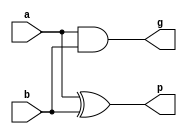
module cla_slice_part(g,p,a,b);

   input a, b;
   output g; // Generate
   output p; // Propagate

   assign g = a & b;

   assign p = a ^ b;

endmodule

module four_bit_block_cla(P,G,carry,p,g,cin);

	input [3:0] p,g;
	input cin;
	output [2:0] carry;
	output P,G;

assign carry[0] = g[0] |

              	  cin & p[0];

assign carry[1] = g[1] |

              	  g[0] & p[1] |

                  cin  &  p[0] & p[1];

assign carry[2] = g[2] |

              	  g[1] & p[2] |

             	  g[0] & p [1] & p[2] |

              	  cin  & p[0] & p[1] & p[2];

assign P  =  p[0] & p[1] & p[2] & p[3];

assign G = g[3] |

           g[2] & p[3] |

           g[1] & p[2] & p[3] |

           g[0] & p[1] & p[2] & p[3];

endmodule

module CarryPropagateGenerateUnit( g,p,a,b); 

    input  [31:0] a,b;
    output [31:0] g,p;

    cla_slice_part s0(g[0],p[0],a[0],b[0]);

    cla_slice_part s1(g[1],p[1],a[1],b[1]);

    cla_slice_part s2(g[2],p[2],a[2],b[2]);

    cla_slice_part s3(g[3],p[3],a[3],b[3]);

    cla_slice_part s4(g[4],p[4],a[4],b[4]);

    cla_slice_part s5(g[5],p[5],a[5],b[5]);

    cla_slice_part s6(g[6],p[6],a[6],b[6]);

    cla_slice_part s7(g[7],p[7],a[7],b[7]);

    cla_slice_part s8(g[8],p[8],a[8],b[8]);

    cla_slice_part s9(g[9],p[9],a[9],b[9]);

    cla_slice_part s10(g[10],p[10],a[10],b[10]);

    cla_slice_part s11(g[11],p[11],a[11],b[11]);

    cla_slice_part s12(g[12],p[12],a[12],b[12]);

    cla_slice_part s13(g[13],p[13],a[13],b[13]);

    cla_slice_part s14(g[14],p[14],a[14],b[14]);

    cla_slice_part s15(g[15],p[15],a[15],b[15]);

    cla_slice_part s16(g[16],p[16],a[16],b[16]);

    cla_slice_part s17(g[17],p[17],a[17],b[17]);

    cla_slice_part s18(g[18],p[18],a[18],b[18]);

    cla_slice_part s19(g[19],p[19],a[19],b[19]);

    cla_slice_part s20(g[20],p[20],a[20],b[20]);

    cla_slice_part s21(g[21],p[21],a[21],b[21]);

    cla_slice_part s22(g[22],p[22],a[22],b[22]);

    cla_slice_part s23(g[23],p[23],a[23],b[23]);

    cla_slice_part s24(g[24],p[24],a[24],b[24]);

    cla_slice_part s25(g[25],p[25],a[25],b[25]);

    cla_slice_part s26(g[26],p[26],a[26],b[26]);

    cla_slice_part s27(g[27],p[27],a[27],b[27]);

    cla_slice_part s28(g[28],p[28],a[28],b[28]);

    cla_slice_part s29(g[29],p[29],a[29],b[29]);

    cla_slice_part s30(g[30],p[30],a[30],b[30]);

    cla_slice_part s31(g[31],p[31],a[31],b[31]);

endmodule

module ThirtyTwoBitSummationUnit(sum,p,carry,cin);

  input [30:0] carry;

  input cin;

  input [31:0] p;

  output [31:0] sum;

  assign sum[0] = p[0] ^ cin;

  assign sum[1] = p[1] ^ carry[0];

  assign sum[2] = p[2] ^ carry[1];

  assign sum[3] = p[3] ^ carry[2];

  assign sum[4] = p[4] ^ carry[3];

  assign sum[5] = p[5] ^ carry[4];

  assign sum[6] = p[6] ^ carry[5];

  assign sum[7] = p[7] ^ carry[6];

  assign sum[8] = p[8] ^ carry[7];

  assign sum[9] = p[9] ^ carry[8];

  assign sum[10] = p[10] ^ carry[9];

  assign sum[11] = p[11] ^ carry[10];

  assign sum[12] = p[12] ^ carry[11];

  assign sum[13] = p[13] ^ carry[12];

  assign sum[14] = p[14] ^ carry[13];

  assign sum[15] = p[15] ^ carry[14];

  assign sum[16] = p[16] ^ carry[15];

  assign sum[17] = p[17] ^ carry[16];

  assign sum[18] = p[18] ^ carry[17];

  assign sum[19] = p[19] ^ carry[18];

  assign sum[20] = p[20] ^ carry[19];

  assign sum[21] = p[21] ^ carry[20];

  assign sum[22] = p[22] ^ carry[21];

  assign sum[23] = p[23] ^ carry[22];

  assign sum[24] = p[24] ^ carry[23];

  assign sum[25] = p[25] ^ carry[24];

  assign sum[26] = p[26] ^ carry[25];

  assign sum[27] = p[27] ^ carry[26];

  assign sum[28] = p[28] ^ carry[27];

  assign sum[29] = p[29] ^ carry[28];

  assign sum[30] = p[30] ^ carry[29];

  assign sum[31] = p[31] ^ carry[30];

endmodule

module cla32 (a,b,cin,sum,cout);

	input [31:0] a, b;
	input cin;
	output [31:0] sum;
	output  cout;
	wire [31:0]   g, p,carry; 
	wire [7:0]  G,P;

    assign carry[3]  = G[0] | cin & P[0];

    assign carry[7]  = G[1] | G[0] & P[1] | cin & P[0] & P[1]; 

    assign carry[11] = G[2] |

                       G[1] & P[2] |

                       G[0] & P[1] & P[2] |

                       cin  & P[0] & P[1] & P[2];

    assign carry[15] = G[3] |

                       G[2] & P[3] |

                       G[1] & P[2] & P[3] |

                       G[0] & P[1] & P[2] & P[3] |

                       cin   & P[0] & P[1] & P[2] & P[3];

    assign carry[19] = G[4] |

                       G[3] & P[4] |

                       G[2] & P[3] & P[4] |

                       G[1] & P[2] & P[3] & P[4] |

                       G[0] & P[1] & P[2] & P[3] & P[4] |

                       cin   & P[0] & P[1] & P[2] & P[3] & P[4];

    assign carry[23] = G[5] |

                       G[4] & P[5] |

                       G[3] & P[4] & P[5] |

                       G[2] & P[3] & P[4] & P[5] |

                       G[1] & P[2] & P[3] & P[4] & P[5] |

                       G[0] & P[1] & P[2] & P[3] & P[4] & P[5] |

                       cin   & P[0] & P[1] & P[2] & P[3] & P[4] & P[5] ;

    assign carry[27] = G[6] |

                       G[5] & P[6] |

                       G[4] & P[5] & P[6] |

                       G[3] & P[4] & P[5] & P[6] |

                       G[2] & P[3] & P[4] & P[5] & P[6] |

                       G[1] & P[2] & P[3] & P[4] & P[5] & P[6] |

                       G[0] & P[1] & P[2] & P[3] & P[4] & P[5] & P[6] |

                       cin  & P[0] & P[1] & P[2] & P[3] & P[4] & P[5] & P[6];

    // This is  carry[31];

    assign cout  =     G[7]  |

                       G[6] & P[7] |

                       G[5] & P[6] & P[7] |

                       G[4] & P[5] & P[6] & P[7] |

                       G[3] & P[4] & P[5] & P[6] & P[7] |

                       G[2] & P[3] & P[4] & P[5] & P[6] & P[7] |

                       G[1] & P[2] & P[3] & P[4] & P[5] & P[6] & P[7] |

                       G[0] & P[1] & P[2] & P[3] & P[4] & P[5] & P[6] & P[7] |

                       cin  & P[0] & P[1] & P[2] & P[3] & P[4] & P[5] & P[6] & P[7];

    CarryPropagateGenerateUnit CPGU( g,p,a,b);

    four_bit_block_cla FBBC0(P[0],G[0],carry[2:0],p[3:0],g[3:0],cin);     

    four_bit_block_cla FBBC1(P[1],G[1],carry[6:4],p[7:4],g[7:4],carry[3]);   

    four_bit_block_cla FBBC2(P[2],G[2],carry[10:8],p[11:8],g[11:8],carry[7]);

    four_bit_block_cla FBBC3(P[3],G[3],carry[14:12],p[15:12],g[15:12],carry[11]); 

    four_bit_block_cla FBBC4(P[4],G[4],carry[18:16],p[19:16],g[19:16],carry[15]); 

    four_bit_block_cla FBBC5(P[5],G[5],carry[22:20],p[23:20],g[23:20],carry[19]);

    four_bit_block_cla FBBC6(P[6],G[6],carry[26:24],p[27:24],g[27:24],carry[23]);

    four_bit_block_cla FBBC7(P[7],G[7],carry[30:28],p[31:28],g[31:28],carry[27]);

    ThirtyTwoBitSummationUnit TTBSU(sum,p,carry[30:0],cin);

endmodule